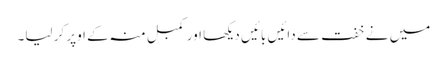
میں نے خفت سے دائیں بائیں دیکھا اور کمبل منہ کے اوپر کر لیا۔